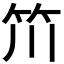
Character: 𥫨